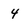
Character: 4